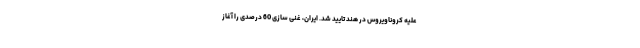
علیه کروناویروس در هند تایید شد. ایران، غنی سازی 60 درصدی را آغاز